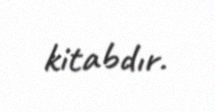
kitabdır.